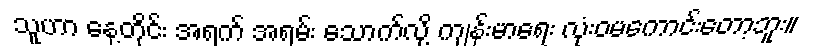
သူဟာ နေ့တိုင်း အရက် အရမ်း သောက်လို့ ကျန်းမာရေး လုံးဝမကောင်းတော့ဘူး။